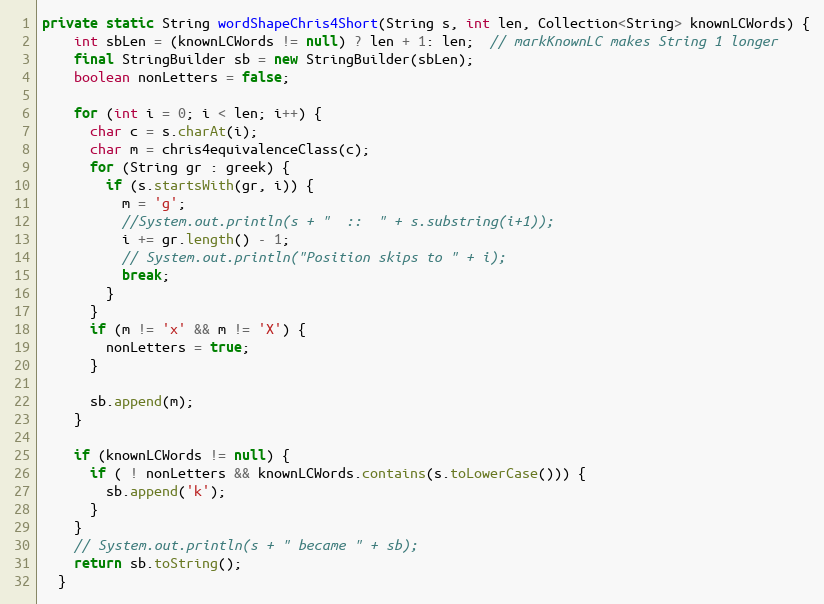
Language: Java
private static String wordShapeChris4Short(String s, int len, Collection<String> knownLCWords) {
    int sbLen = (knownLCWords != null) ? len + 1: len;  // markKnownLC makes String 1 longer
    final StringBuilder sb = new StringBuilder(sbLen);
    boolean nonLetters = false;

    for (int i = 0; i < len; i++) {
      char c = s.charAt(i);
      char m = chris4equivalenceClass(c);
      for (String gr : greek) {
        if (s.startsWith(gr, i)) {
          m = 'g';
          //System.out.println(s + "  ::  " + s.substring(i+1));
          i += gr.length() - 1;
          // System.out.println("Position skips to " + i);
          break;
        }
      }
      if (m != 'x' && m != 'X') {
        nonLetters = true;
      }

      sb.append(m);
    }

    if (knownLCWords != null) {
      if ( ! nonLetters && knownLCWords.contains(s.toLowerCase())) {
        sb.append('k');
      }
    }
    // System.out.println(s + " became " + sb);
    return sb.toString();
  }